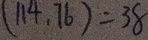
( 1 1 4 . 7 6 ) = 3 8